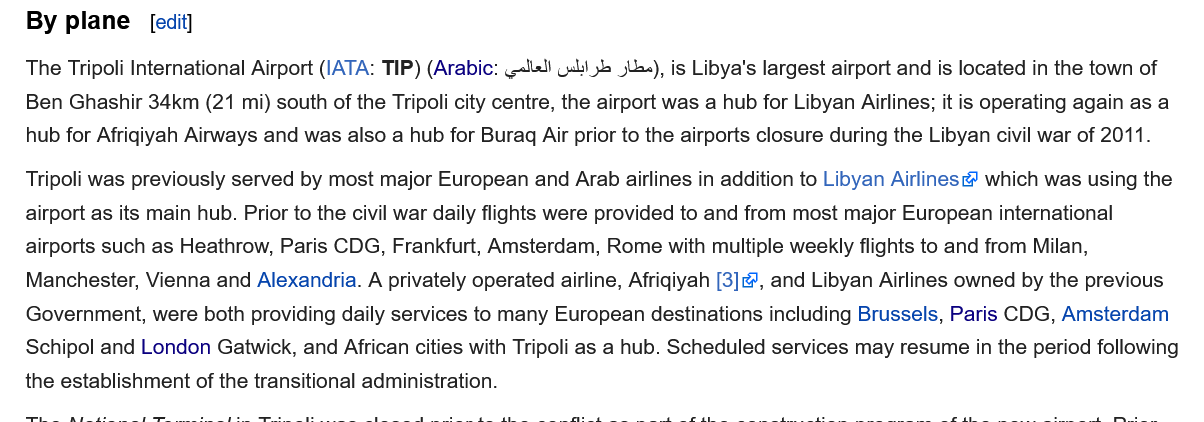
By  plane   [edit]
   The Tripoli International Airport (IATA: TIP) (Arabic: 1!) («Li 54 54), is Libya's largest airport and is located in the town of
   Ben Ghashir 34km (21 mi) south of the Tripoli city centre, the airport was a hub for Libyan Airlines; it is operating again as a
   hub for Afrigiyah Airways and was also a hub for Buraq Air prior to the airports closure during the Libyan civil war of 2011.
   Tripoli was previously served by most major European and Arab airlines in addition to Libyan Airlines which was using the
   airport as its main hub. Prior to the civil war daily flights were provided to and from most major European international
   airports such as Heathrow, Paris CDG, Frankfurt, Amsterdam, Rome with multiple weekly flights to and from Milan,
   Manchester, Vienna and Alexandria. A privately operated airline, Afriqiyah [3], and Libyan Airlines owned by the previous
   Government, were both providing daily services to many European destinations including Brussels, Paris CDG, Amsterdam
   Schipol and London Gatwick, and African cities with Tripoli as a hub. Scheduled services may resume in the period following
   the establishment of the transitional administration.
     3] a,
     av